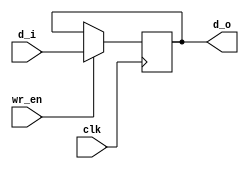
/**
 * Register for structural use
 * Registers are asynchronous-read, synchronous write
 */

module register #(parameter WIDTH = 1)
    (
        input   wire        clk,        // clock
        input   wire        wr_en,      // write enable
        input   wire [WIDTH-1:0] d_i,   // data in
        output  wire [WIDTH-1:0] d_o    // data out
    );

    reg [WIDTH-1:0] data;
    assign d_o = data;

    always @(posedge clk) begin
        if (wr_en)
            data <= d_i;
    end
endmodule